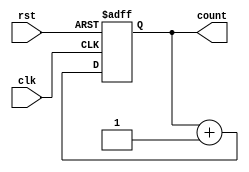
module Counter(
    input clk,
    input rst,
    output reg [3:0] count
);

always @(posedge clk or posedge rst)
begin
    if(rst)
        count <= 4'b0000;
    else
        count <= count + 1;
end

endmodule